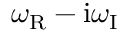
\omega _ { \mathrm { R } } - \mathrm { i } \omega _ { \mathrm { I } }